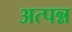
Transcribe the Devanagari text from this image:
अत्पन्न